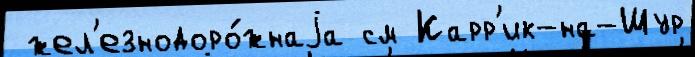
 жел'езнодоро́жнаjа см Карр'ик-на-Шур